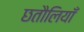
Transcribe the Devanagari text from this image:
छतौलियाँ